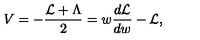
V = - { \frac { { \cal L } + \Lambda } { 2 } } = w { \frac { d { \cal L } } { d w } } - { \cal L } ,